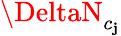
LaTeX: \DeltaN_{c_{\mathbf{j}}}